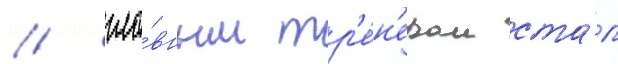
/ гла́вным тр'е́н'ером ста́л